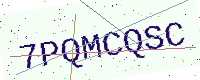
Text: 7PQMCQSC